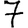
Digit: 7